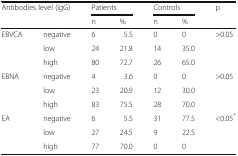
<table><thead><tr><td rowspan="2" colspan="2"><b>Antibodies level (IgG)</b></td><td colspan="2"><b>Patients</b></td><td colspan="2"><b>Controls</b></td><td rowspan="2"><b>p</b></td></tr><tr><td><b>n</b></td><td><b>%</b></td><td><b>n</b></td><td><b>%</b></td></tr></thead><tbody><tr><td rowspan="3">EBVCA</td><td>negative</td><td>6</td><td>5.5</td><td>0</td><td>0</td><td rowspan="3">&gt;0.05</td></tr><tr><td>low</td><td>24</td><td>21.8</td><td>14</td><td>35.0</td></tr><tr><td>high</td><td>80</td><td>72.7</td><td>26</td><td>65.0</td></tr><tr><td rowspan="3">EBNA</td><td>negative</td><td>4</td><td>3.6</td><td>0</td><td>0</td><td rowspan="3">&gt;0.05</td></tr><tr><td>low</td><td>23</td><td>20.9</td><td>12</td><td>30.0</td></tr><tr><td>high</td><td>83</td><td>75.5</td><td>28</td><td>70.0</td></tr><tr><td rowspan="3">EA</td><td>negative</td><td>6</td><td>5.5</td><td>31</td><td>77.5</td><td rowspan="3">&lt;0.05<sup>*</sup></td></tr><tr><td>low</td><td>27</td><td>24.5</td><td>9</td><td>22.5</td></tr><tr><td>high</td><td>77</td><td>70.0</td><td>0</td><td>0</td></tr></tbody></table>